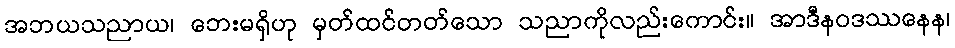
အဘယသညာယ၊ ဘေးမရှိဟု မှတ်ထင်တတ်သော သညာကိုလည်းကောင်း။ အာဒီနဝဒဿနေန၊